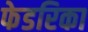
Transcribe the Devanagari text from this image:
फेडरिका